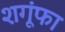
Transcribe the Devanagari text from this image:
शगूंफा